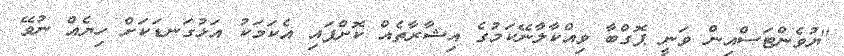
"ޔުވެންޓަސްއިން ވަނީ ޕޮގްބާ ވިއްކާލާނޭކަމުގެ އިޝާރާތެއް ކޮށްފައި އެކަމަކު އަޅުގަނޑަކަށް ހިޔެއް ނުވޭ